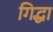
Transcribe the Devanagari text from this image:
गिद्धा